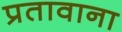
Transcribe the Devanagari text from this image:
प्रतावाना